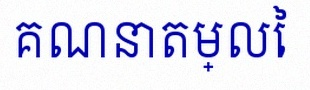
គណនាតម្លៃ